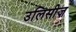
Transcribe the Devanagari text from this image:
उलिसीज़